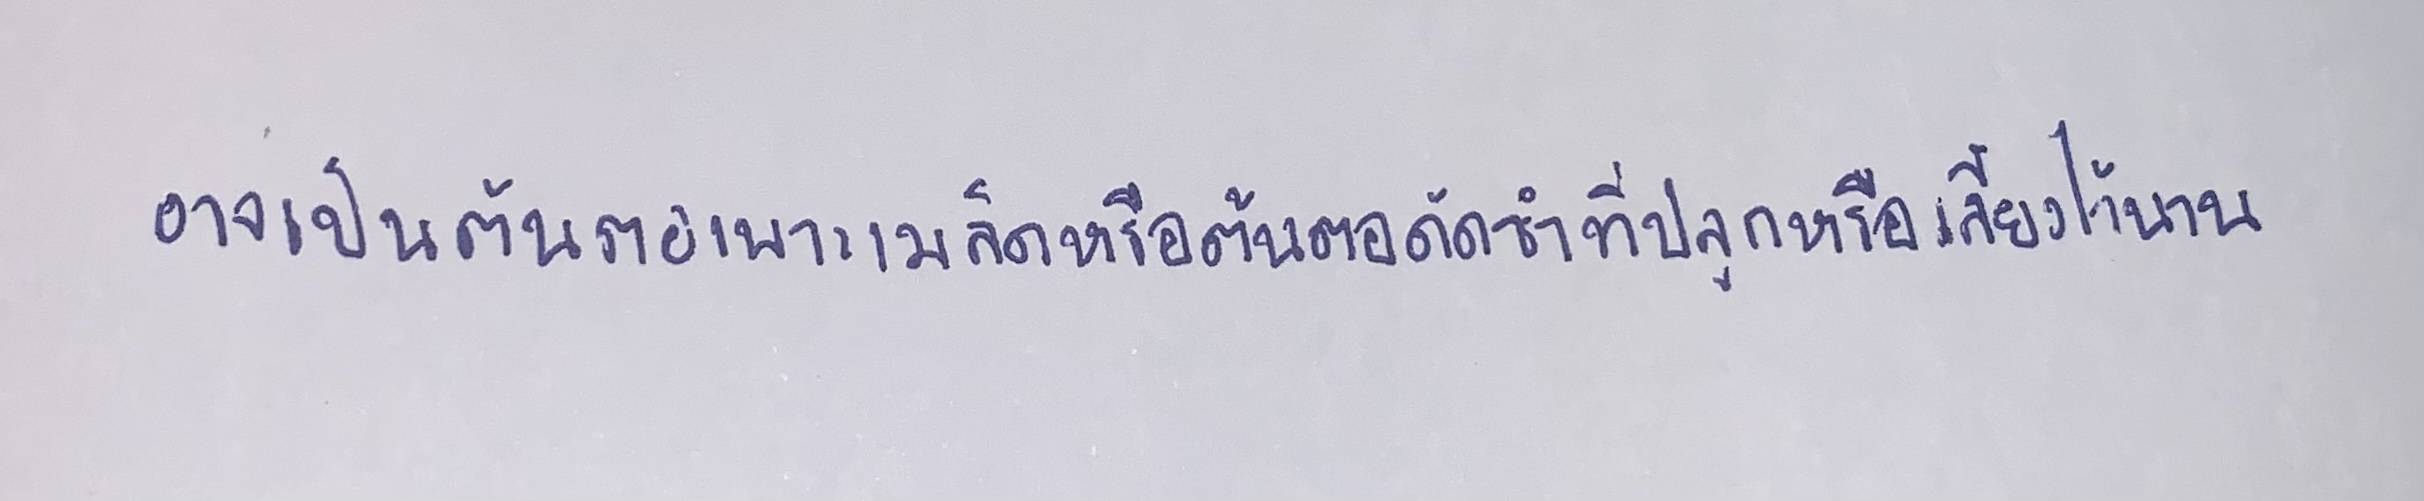
อาจเป็นต้นตอเพาะเมล็ดหรือต้นตอตัดชำที่ปลูกหรือเลี้ยงไว้นาน